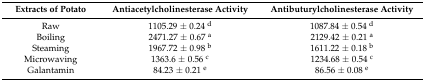
<table><thead><tr><td><b>Extracts of Potato</b></td><td><b>Antiacetylcholinesterase Activity</b></td><td><b>Antibuturylcholinesterase Activity</b></td></tr></thead><tbody><tr><td>Raw</td><td>1105.29 ± 0.24 <sup>d</sup></td><td>1087.84 ± 0.54 <sup>d</sup></td></tr><tr><td>Boiling</td><td>2471.27 ± 0.67 <sup>a</sup></td><td>2129.42 ± 0.21 <sup>a</sup></td></tr><tr><td>Steaming</td><td>1967.72 ± 0.98 <sup>b</sup></td><td>1611.22 ± 0.18 <sup>b</sup></td></tr><tr><td>Microwaving</td><td>1363.6 ± 0.56 <sup>c</sup></td><td>1234.68 ± 0.54 <sup>c</sup></td></tr><tr><td>Galantamin</td><td>84.23 ± 0.21 <sup>e</sup></td><td>86.56 ± 0.08 <sup>e</sup></td></tr></tbody></table>